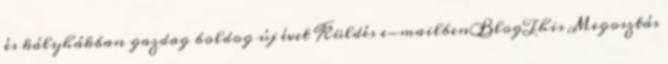
és kályhákban gazdag boldog új évet Küldés e-mailbenBlogThis Megosztás